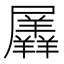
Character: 羼